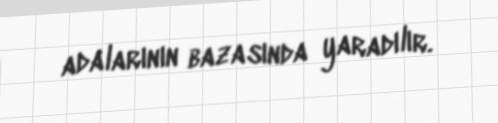
adalarının bazasında yaradılır.